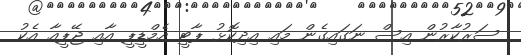
ސަރުކާރުން އިސް ނަގައިގެން މައި އިދިކޮޅު ޕާޓީ އެމްޑީޕީ އާއި ޖޭޕީއާ އެކު